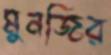
মুনজির